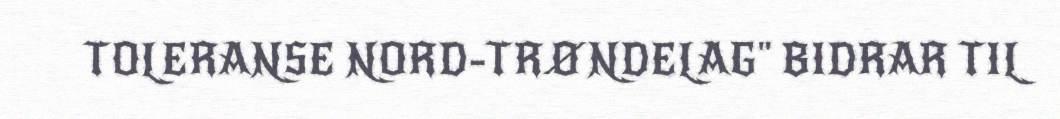
TOLERANSE NORD-TRØNDELAG" BIDRAR TIL